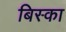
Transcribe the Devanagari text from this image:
बिस्का